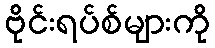
ဗိုင်းရပ်စ်များကို